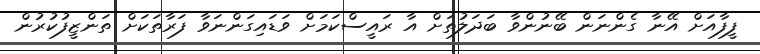
ފީފާއަށް އޭނާ ގެންނަން ބޭނުންވާ ބަދަލުތަށް އާ ރައީސްކަމަށް ވަޑައިގަންނަވާ ފަރާތަކަށް ތަންޒީފުކުރުން